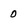
Character: 0